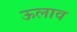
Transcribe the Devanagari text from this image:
ऊलाव